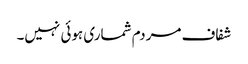
شفاف مردم شماری ہوئی نہیں۔